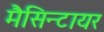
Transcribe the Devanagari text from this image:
मैसिन्टायर